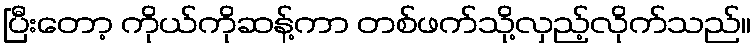
ပြီးတော့ ကိုယ်ကိုဆန့်ကာ တစ်ဖက်သို့လှည့်လိုက်သည်။